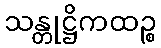
သန္တုဋ္ဌိကထဉ္စ